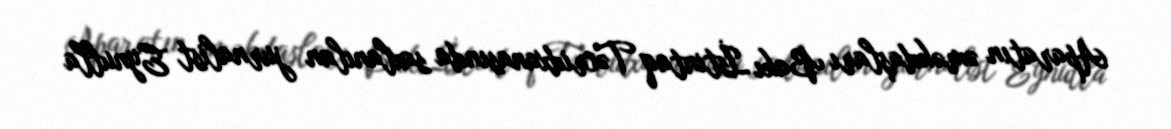
Aparatın əməkdaşları Bakı İstintaq Təcridxanasında saxlanılan jurnalist Eynulla